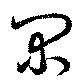
閑